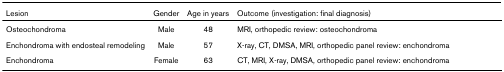
| Lesion | Gender | Age in years | Outcome (investigation: final diagnosis) |
 | --- | --- | --- | --- |
 | Osteochondroma | Male | 48 | MRI, orthopedic review: osteochondroma |
 | Enchondroma with endosteal remodeling | Male | 57 | X-ray, CT, DMSA, MRI, orthopedic panel review: enchondroma |
 | Enchondroma | Female | 63 | CT, MRI, X-ray, DMSA, orthopedic panel review: enchondroma |